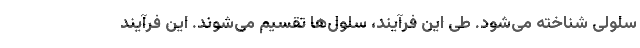
سلولی شناخته می‌شود. طی این فرآیند، سلول‌ها تقسیم می‌شوند. این فرآیند